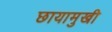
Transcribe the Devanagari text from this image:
छायामुखी